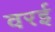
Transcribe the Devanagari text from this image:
वरई